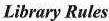
Library Rules